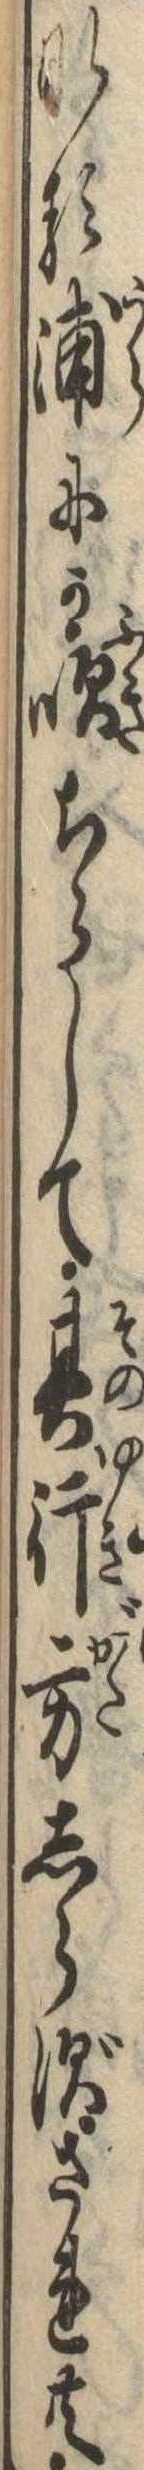
なる浦にか吹ちらして其行方しらずされ共